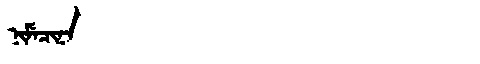
Manchu: ᠨᡳᠮᡝᠴᡳᠨᠠ
Romanization: NIMECINA